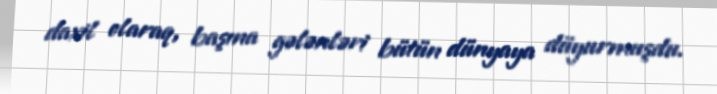
daxil olaraq, başına gələnləri bütün dünyaya düyurmuşdu.